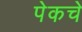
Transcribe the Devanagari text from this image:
पेकचे